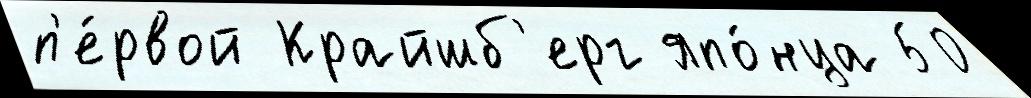
п'е́рвой Крайшб'ерг япо́нца 50